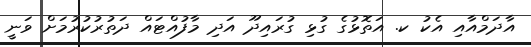
އާދަމްއާއި އެކު ކ. އަތޮޅުގެ ގުޅި ގުރައިދޫ އަދި މާފުއްޓައް ދަތުރުކުރުމަށް ވަނީ